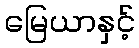
မြေယာနှင့်